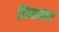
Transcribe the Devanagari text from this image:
विनाकर